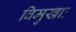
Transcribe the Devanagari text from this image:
विमुखाः